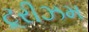
ટૂરીઝમ